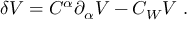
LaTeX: \delta V = C ^ { \alpha } { \partial } _ { \alpha } V - C _ { W } V ~ .